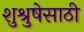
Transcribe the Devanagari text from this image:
शुश्रुषेसाठी